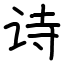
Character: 诗